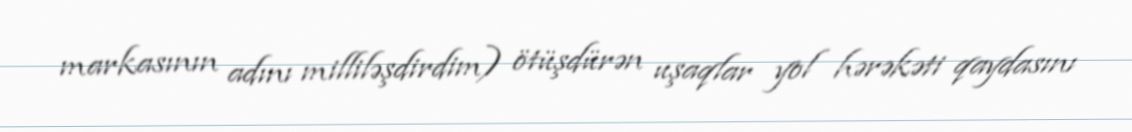
markasının adını milliləşdirdim) ötüşdürən uşaqlar yol hərəkəti qaydasını